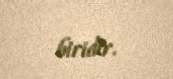
biridir.